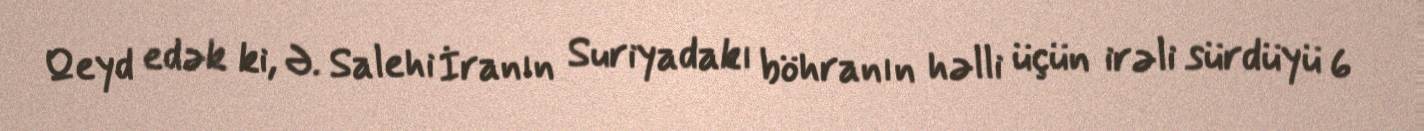
Qeyd edək ki, Ə. Salehi İranın Suriyadakı böhranın həlli üçün irəli sürdüyü 6